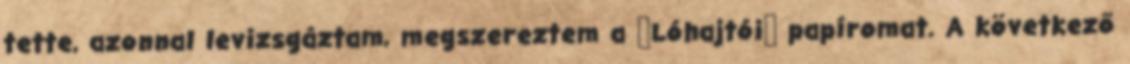
tette, azonnal levizsgáztam, megszereztem a Lóhajtói papíromat. A következő